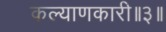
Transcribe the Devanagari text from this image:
कल्याणकारी॥३॥